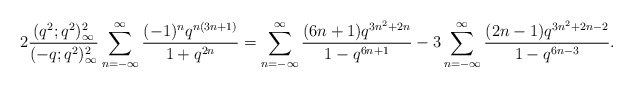
\begin{align*}2\frac{(q^2;q^2)_\infty^2}{(-q;q^2)_\infty^2}\sum_{n=-\infty}^\infty\frac{(-1)^nq^{n(3n+1)}}{1+q^{2n}} = \sum_{n=-\infty}^\infty\frac{(6n+1)q^{3n^2+2n}}{1-q^{6n+1}}-3\sum_{n=-\infty}^\infty \frac{(2n-1)q^{3n^2+2n-2}}{1-q^{6n-3}}.\end{align*}